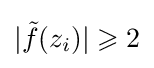
|{\tilde {f}}(z_{i})|\geqslant 2